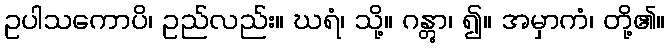
ဥပါသကောပိ၊ ဥည်လည်း။ ဃရံ၊ သို့။ ဂန္တွာ၊ ၍။ အမှာကံ၊ တို့၏။